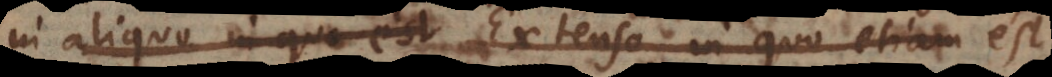
in aliquo in quo est Extenso, in quo etiam est